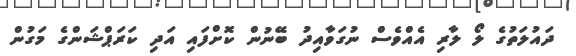
ދައުލަތުގެ ލޯ ލާރި އެއްވެސް ނުގަވާއިދު ބޭނުން ކޮށްފައި އަދި ކަރަޕްޝަންގެ މަގުން